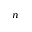
_ n